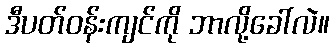
ဒီပတ်ဝန်းကျင်ကို ဘာလို့ခေါ်လဲ။